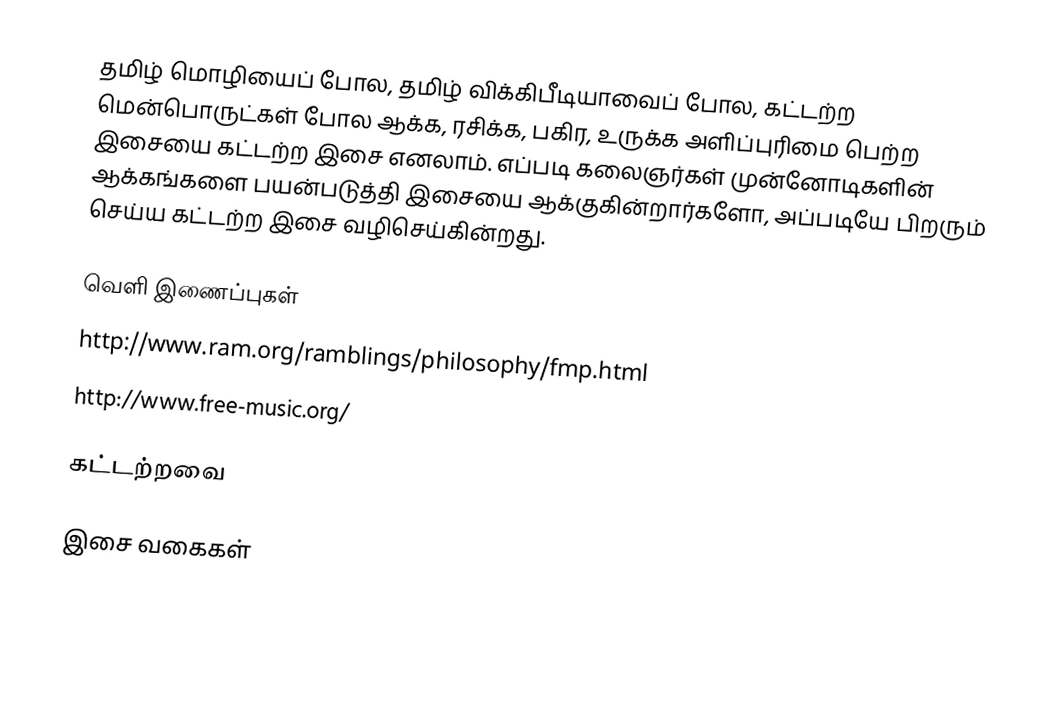
தமிழ் மொழியைப் போல, தமிழ் விக்கிபீடியாவைப் போல, கட்டற்ற மென்பொருட்கள் போல ஆக்க, ரசிக்க, பகிர, உருக்க அளிப்புரிமை பெற்ற இசையை கட்டற்ற இசை எனலாம்.  எப்படி கலைஞர்கள் முன்னோடிகளின் ஆக்கங்களை பயன்படுத்தி இசையை ஆக்குகின்றார்களோ, அப்படியே பிறரும் செய்ய கட்டற்ற இசை வழிசெய்கின்றது.

வெளி இணைப்புகள்
 http://www.ram.org/ramblings/philosophy/fmp.html
 http://www.free-music.org/

கட்டற்றவை

இசை வகைகள்